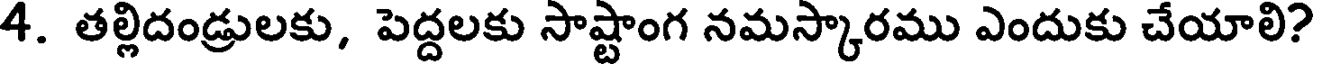
4. తల్లిదండ్రులకు, పెద్దలకు సాష్టాంగ నమస్కారము ఎందుకు చేయాలి?